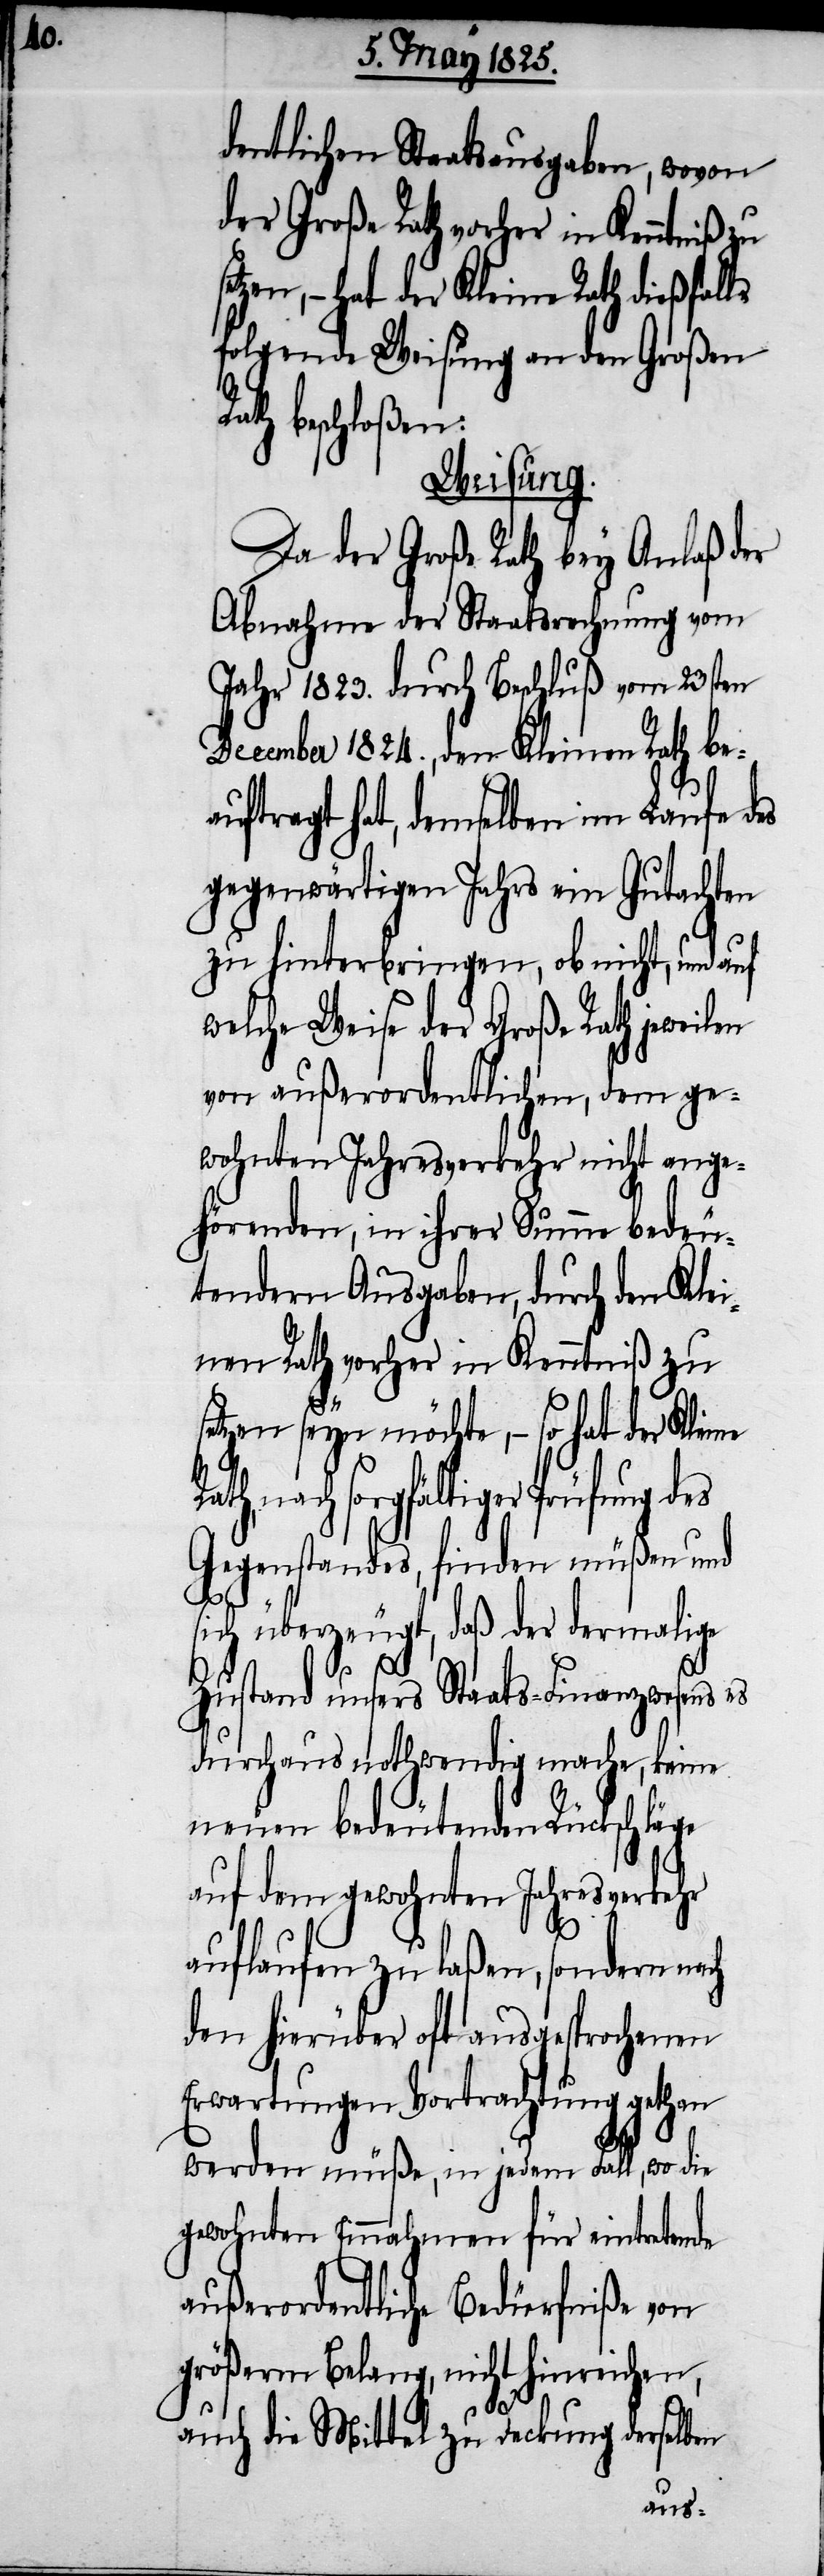
dentlichen Staatsausgaben, wovon
zen, – hat der Kleine Rath dießfalls
folgende Weisung an den Großen
ath beschloßen:
Weisung:
Da der Große Rath bey Anlaß der
Abnahme der Staatsrechnung vom
Jahr 1823. durch Beschluß vom 23sten
December 1824., den Kleinen Rath be¬
ftragt hat, demselben im Laufe des
gegenwärtigen Jahres ein Gutachten
zu hinterbringen, ob nicht, und auf
welche Weise der Große Rath jeweilen
von außerordentlichen, dem ge¬
wohnten Jahresverkehr nicht ange¬
hörenden, in ihrer Summe bedeu¬
tenden Ausgaben, durch den Klei¬
nen Rath vorher in Kenntniß zu
setzen seyn möchte, – so hat der Kleine
nach sorgfältiger Prüfung des
Gegenstandes, finden müßen und
sich überzeugt, daß der dermalige
au¬
Zustand unsers Staats-Finanzwesens es
durchaus nothwendig mache, keine
neuen bedeutenden Rückschläge
auf dem gewohnten Jahresverkehr
auflaufen zu laßen, sondern nach
den hierüber oft ausgesprochenen
Erwartungen Vortrachtung gethan
werden müße, in jedem Fall, wo die
gewohnten Einnahmen für eintretende
außerordentliche Bedürfniße von
größerm Belang, nicht hinreichen,
auch die Mittel zu Deckung derselben